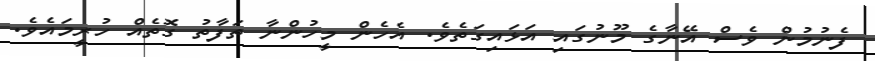
ފެނުމުން ވެސް އޭނާގެ މޫނުގައި އަޅައިގަތެވެ. އެހެން މީހުންނާ ތަފާތު ގޮތެއް ހުރީމައެވެ.